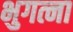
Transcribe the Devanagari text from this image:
भुगत्ना